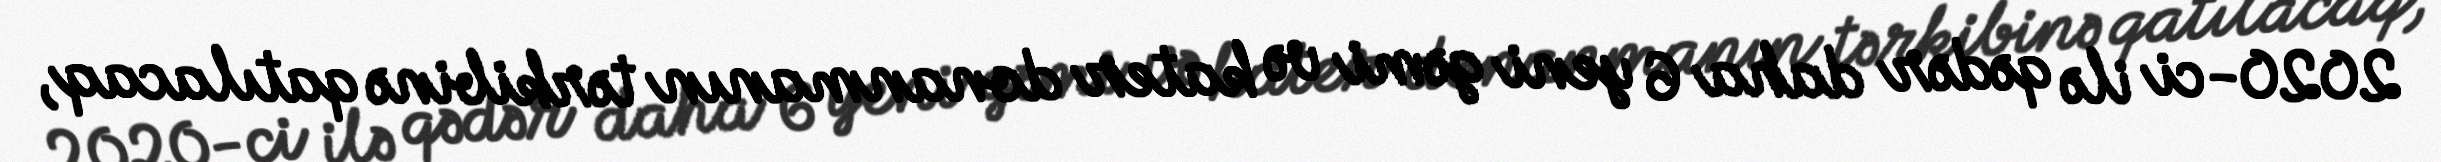
2020-ci ilə qədər daha 6 yeni gəmi və kater donanmanın tərkibinə qatılacaq,